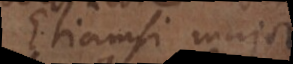
Etiamsi major